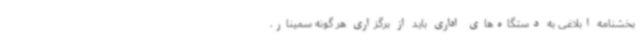
بخشنامه ابلاغی به دستگاه‌های اداری باید از برگزاری هر گونه سمینار،